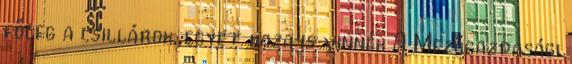
főleg a csillárok, egyet haza is vinnék A Mezőgazdasági